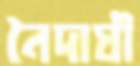
নৈদাঘী